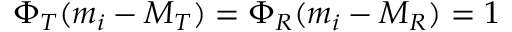
\Phi _ { T } ( m _ { i } - M _ { T } ) = \Phi _ { R } ( m _ { i } - M _ { R } ) = 1